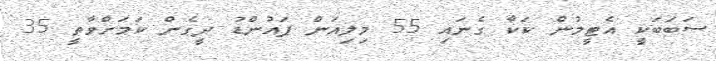
ސަބަބަކީ އެޓީމުން ކަކާ ގެނައި 55 މިލިއަން ޕައުންޑު ދީގެން ކަމަށްވާތީ 35